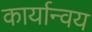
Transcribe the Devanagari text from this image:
कार्यान्वय